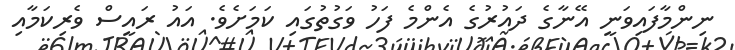
ނިންމާފައިވަނީ އޭނާގެ ދައުރުގެ އެންމެ ފަހު ވަގުތުގައި ކަމަށެވެ. އައު ރައީސް ވެރިކަމާއި